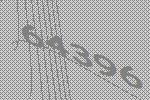
64396